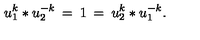
u _ { 1 } ^ { k } * u _ { 2 } ^ { - k } \: = \: 1 \: = \: u _ { 2 } ^ { k } * u _ { 1 } ^ { - k } .